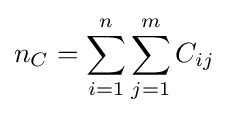
n_{C}=\sum _{i=1}^{n}\sum _{j=1}^{m}C_{ij}